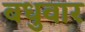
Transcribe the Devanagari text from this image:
बधुवार